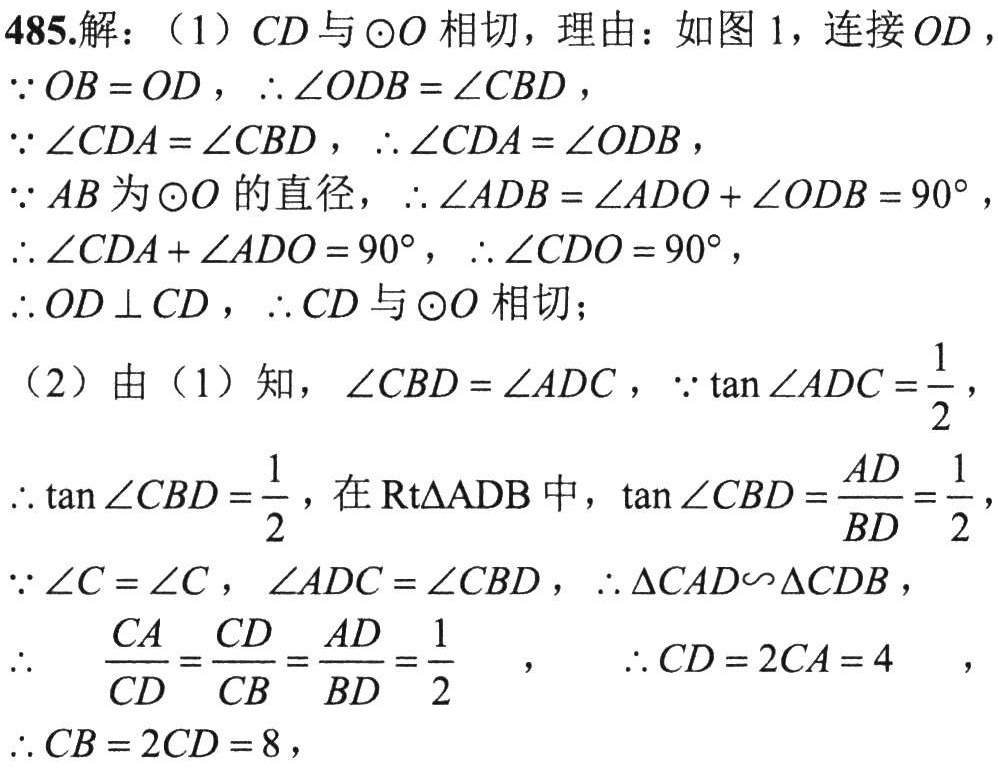
485.解：（1）\(CD\)与\(\odot O\)相切，理由：如图1，连接\(OD\)，
\(\because OB = OD\)，\(\therefore \angle ODB=\angle CBD\)，
\(\because \angle CDA=\angle CBD\)，\(\therefore \angle CDA=\angle ODB\)，
\(\because AB\)为\(\odot O\)的直径，\(\therefore \angle ADB=\angle ADO+\angle ODB = 90^{\circ}\)，
\(\therefore \angle CDA+\angle ADO = 90^{\circ}\)，\(\therefore \angle CDO = 90^{\circ}\)，
\(\therefore OD\perp CD\)，\(\therefore CD\)与\(\odot O\)相切；
（2）由（1）知，\(\angle CBD=\angle ADC\)，\(\because \tan\angle ADC=\frac{1}{2}\)，
\(\therefore \tan\angle CBD=\frac{1}{2}\)，在\(\text{Rt}\triangle ADB\)中，\(\tan\angle CBD=\frac{AD}{BD}=\frac{1}{2}\)，
\(\because \angle C=\angle C\)，\(\angle ADC=\angle CBD\)，\(\therefore \triangle CAD\sim\triangle CDB\)，
\(\therefore \frac{CA}{CD}=\frac{CD}{CB}=\frac{AD}{BD}=\frac{1}{2}\) ， \(\therefore CD = 2CA = 4\) ，
\(\therefore CB = 2CD = 8\)，